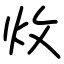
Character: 炇